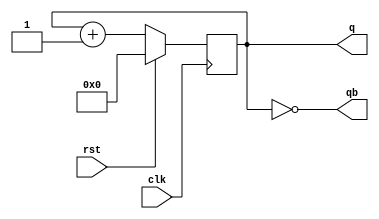
`timescale 1ns / 1ps
module Nbit_Counter(clk,rst,q,qb);
parameter n=4;
parameter count=16;
input clk,rst;
output [n-1:0]q,qb;
reg [n-1:0]counter;
always @(posedge clk) begin
if (rst) 
counter <= 0;
else begin 
counter <= counter+1 %count;
end
end
assign q=counter;
assign qb=~counter;
endmodule